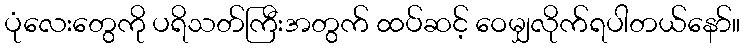
ပုံလေးတွေကို ပရိသတ်ကြီးအတွက် ထပ်ဆင့် ဝေမျှလိုက်ရပါတယ်နော်။